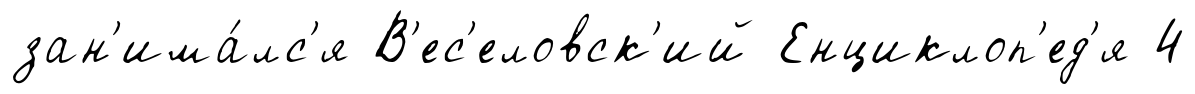
зан'има́лс'я В'ес'еловск'ий Енциклоп'ед'я 4